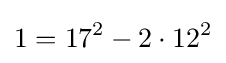
1=17^{2}-2\cdot 12^{2}